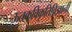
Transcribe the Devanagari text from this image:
ऊतकविकृतिविज्ञानी